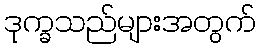
ဒုက္ခသည်များအတွက်